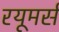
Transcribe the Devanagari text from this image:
रयूमर्स